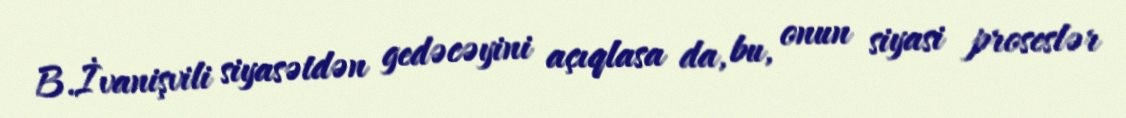
B.İvanişvili siyasətdən gedəcəyini açıqlasa da, bu, onun siyasi proseslər